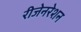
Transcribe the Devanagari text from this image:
रीजेनरेशन